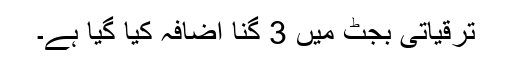
ترقیاتی بجٹ میں 3 گنا اضافہ کیا گیا ہے۔